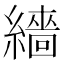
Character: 繬